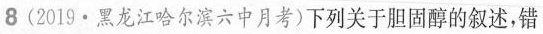
8(2019·黑龙江哈尔滨六中月考)下列关于胆固醇的叙述，错